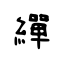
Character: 繟